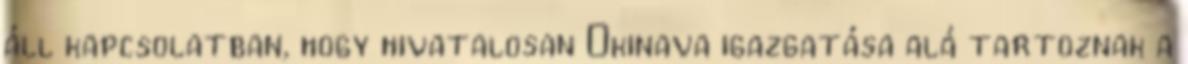
áll kapcsolatban, hogy hivatalosan Okinava igazgatása alá tartoznak a